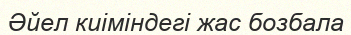
Әйел киіміндегі жас бозбала